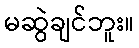
မဆွဲချင်ဘူး။